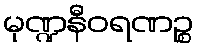
မုဏ္ဍနီဝရဏဉ္စ